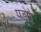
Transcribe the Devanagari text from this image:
पड़ोगे